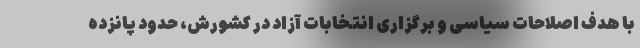
با هدف اصلاحات سیاسی و برگزاری انتخابات آزاد در کشورش، حدود پانزده